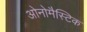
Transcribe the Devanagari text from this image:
ओनोमैस्टिक